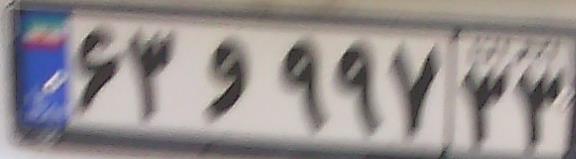
۶۳و۹۹۷۳۳